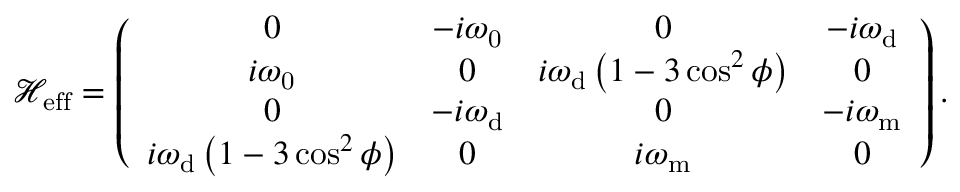
\mathcal { H } _ { \mathrm { { e f f } } } = \left( \begin{array} { c c c c } { 0 } & { - i \omega _ { \mathrm { 0 } } } & { 0 } & { - i \omega _ { \mathrm { d } } } \\ { i \omega _ { \mathrm { 0 } } } & { 0 } & { i \omega _ { \mathrm { d } } \left( 1 - 3 \cos ^ { 2 } \phi \right) } & { 0 } \\ { 0 } & { - i \omega _ { \mathrm { d } } } & { 0 } & { - i { \omega } _ { \mathrm { m } } } \\ { i \omega _ { \mathrm { d } } \left( 1 - 3 \cos ^ { 2 } \phi \right) } & { 0 } & { i { \omega } _ { \mathrm { m } } } & { 0 } \end{array} \right) .